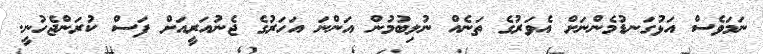
ނަމަވެސް އަޅުގަނޑުމެންނަށް އެވަރުގެ ތަނެއް ނުލިބުމުން އަންނަ އަހަރުގެ ޖެނުއަރީއަށް ފަސް ކުރަންޖެހުނީ.